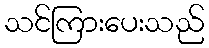
သင်ကြားပေးသည်